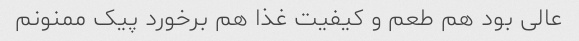
عالی بود هم طعم و کیفیت غذا هم برخورد پیک ممنونم